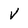
Character: v